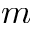
m